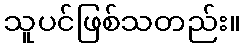
သူပင်ဖြစ်သတည်း။